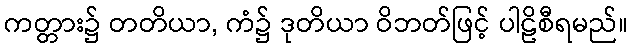
ကတ္တား၌ တတိယာ, ကံ၌ ဒုတိယာ ဝိဘတ်ဖြင့် ပါဠိစီရမည်။